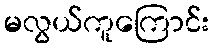
မလွယ်ကူကြောင်း